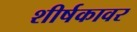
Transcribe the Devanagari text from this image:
शीर्षकावर